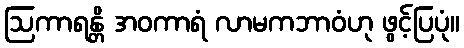
ဩကာရန္တိ အဝကာရံ လာမကဘာဝံဟု ဖွင့်ပြပုံ။